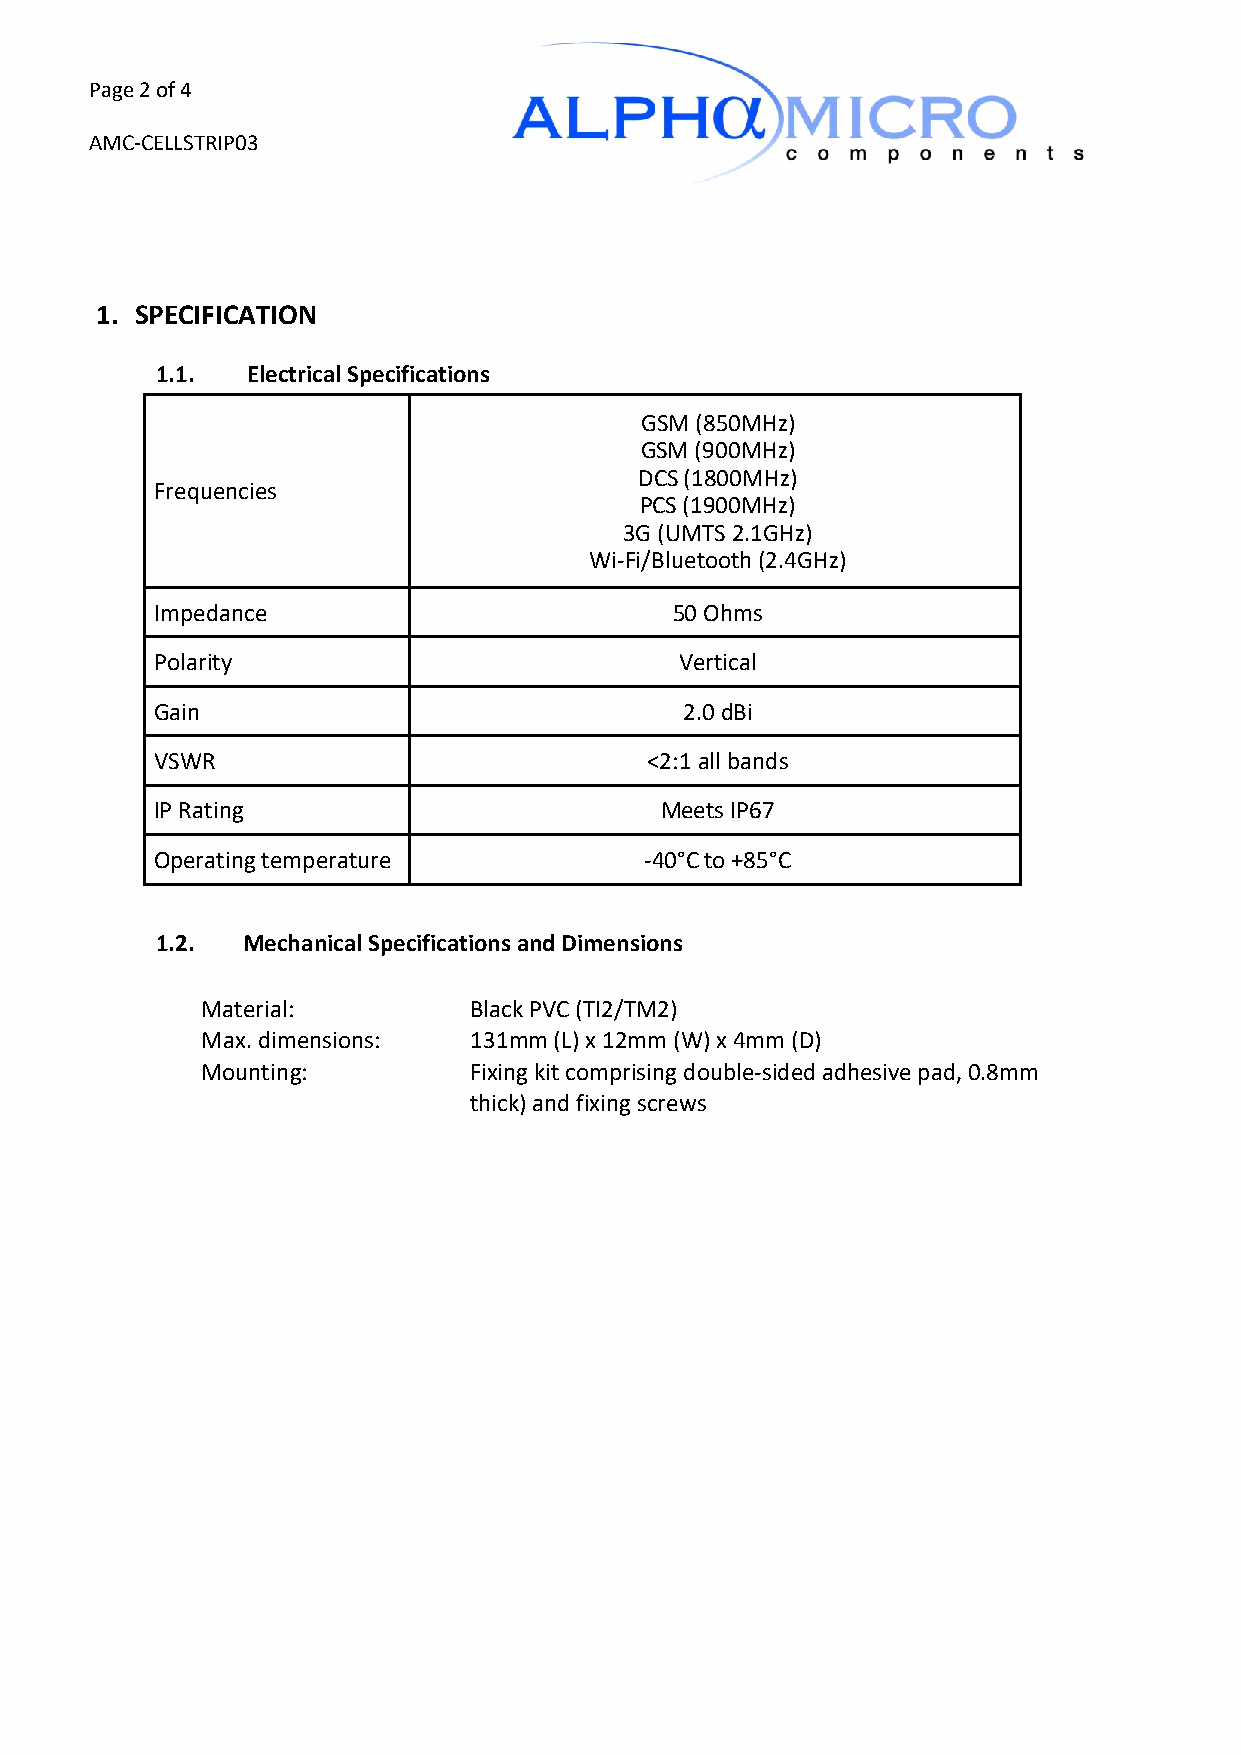
Page 2 of 4
 AMC-CELLSTRIP03
 1. SPECIFICATION
 1.1.  Electrical Specifications
 GSM (850MHz)
 GSM (900MHz)
 DCS (1800MHz)
 Frequencies
 PCS (1900MHz)
 3G (UMTS 2.1GHz)
 Wi-Fi/Bluetooth (2.4GHz)
 Impedance                         50 Ohms
 Polarity                           Vertical
 Gain                               2.0 dBi
 VSWR                             <2:1 all bands
 IP Rating                         Meets IP67
 Operating temperature            -40°C to +85°C
 1.2.  Mechanical Specifications and Dimensions
 Material:         Black PVC (TI2/TM2)
 Max. dimensions:  131mm (L) x 12mm (W) x 4mm (D)
 Mounting:         Fixing kit comprising double-sided adhesive pad, 0.8mm
 thick) and fixing screws